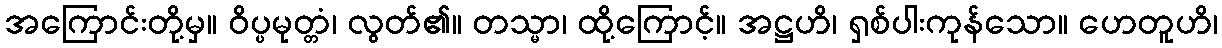
အကြောင်းတို့မှ။ ဝိပ္ပမုတ္တံ၊ လွတ်၏။ တသ္မာ၊ ထို့ကြောင့်။ အဋ္ဌဟိ၊ ရှစ်ပါးကုန်သော။ ဟေတူဟိ၊